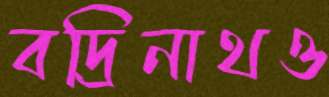
বদ্রিনাথও